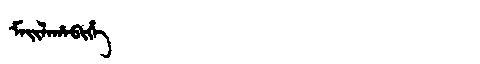
Manchu: ᠮᠠᡳᠯᠠᡥᠠᠪᡳᡥᡝ
Romanization: MAILAHABIHE